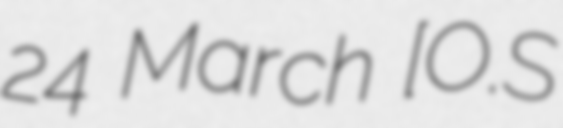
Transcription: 24 March [O.S